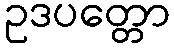
ဥဒပတ္တော